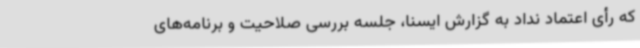
که رأی اعتماد نداد به گزارش ایسنا، جلسه بررسی صلاحیت و برنامه‌های